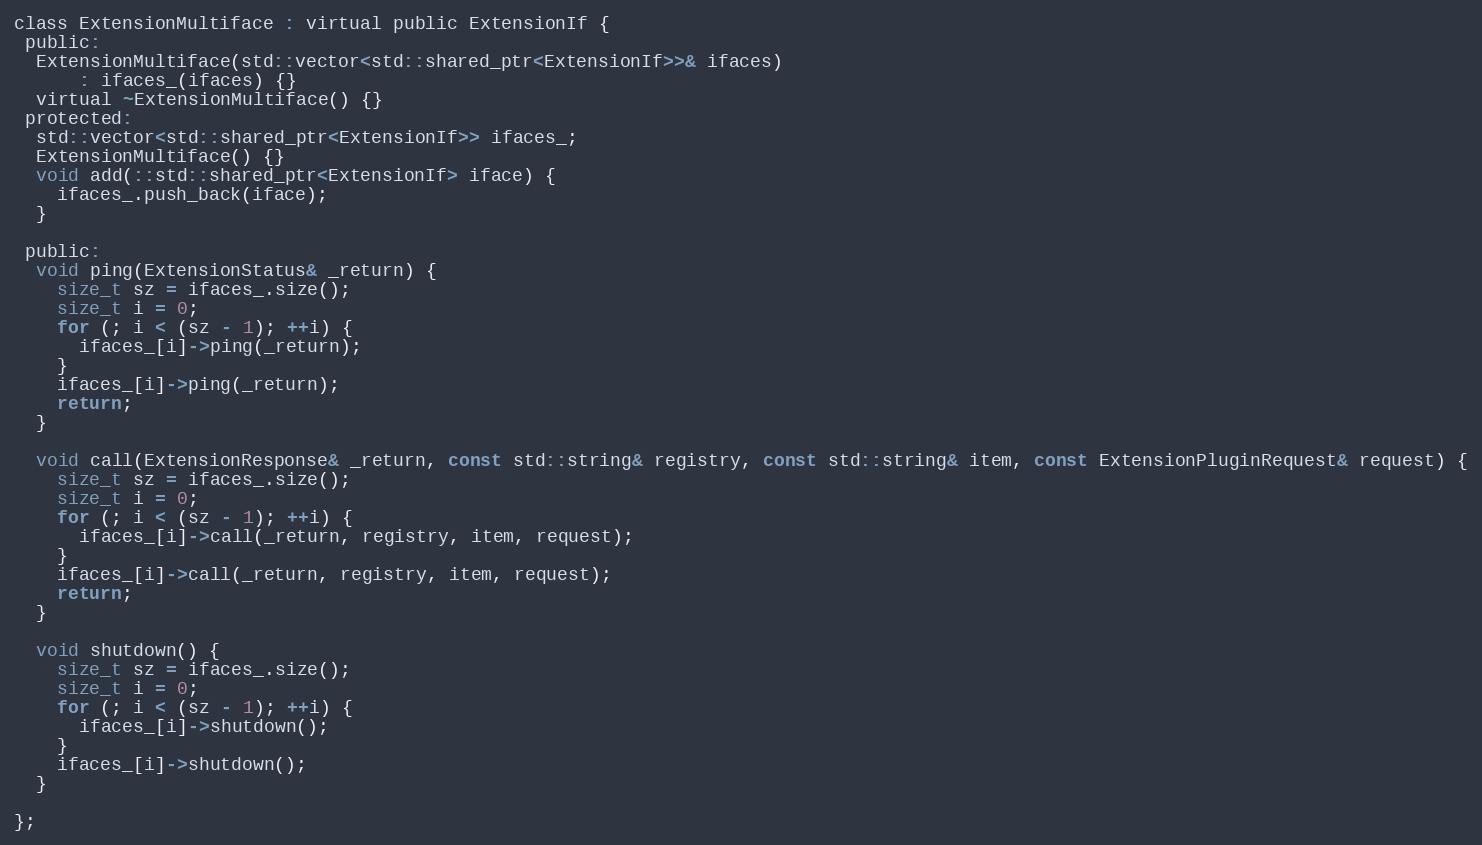
Language: C
class ExtensionMultiface : virtual public ExtensionIf {
 public:
  ExtensionMultiface(std::vector<std::shared_ptr<ExtensionIf>>& ifaces)
      : ifaces_(ifaces) {}
  virtual ~ExtensionMultiface() {}
 protected:
  std::vector<std::shared_ptr<ExtensionIf>> ifaces_;
  ExtensionMultiface() {}
  void add(::std::shared_ptr<ExtensionIf> iface) {
    ifaces_.push_back(iface);
  }

 public:
  void ping(ExtensionStatus& _return) {
    size_t sz = ifaces_.size();
    size_t i = 0;
    for (; i < (sz - 1); ++i) {
      ifaces_[i]->ping(_return);
    }
    ifaces_[i]->ping(_return);
    return;
  }

  void call(ExtensionResponse& _return, const std::string& registry, const std::string& item, const ExtensionPluginRequest& request) {
    size_t sz = ifaces_.size();
    size_t i = 0;
    for (; i < (sz - 1); ++i) {
      ifaces_[i]->call(_return, registry, item, request);
    }
    ifaces_[i]->call(_return, registry, item, request);
    return;
  }

  void shutdown() {
    size_t sz = ifaces_.size();
    size_t i = 0;
    for (; i < (sz - 1); ++i) {
      ifaces_[i]->shutdown();
    }
    ifaces_[i]->shutdown();
  }

};